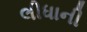
લીધાની